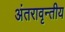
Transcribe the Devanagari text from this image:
अंतरावृन्तीय